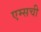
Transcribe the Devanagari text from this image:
एम्सची